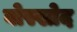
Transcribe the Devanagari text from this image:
वोस्खोद